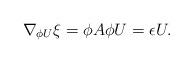
LaTeX: \begin{align*}\nabla_{\phi U}\xi=\phi A\phi U=\epsilon U.\end{align*}